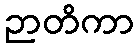
ဉာတိကာ